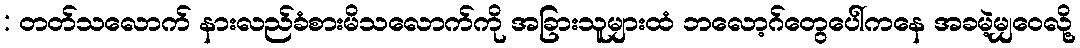
: တတ်သလောက် နားလည်ခံစားမိသလောက်ကို အခြားသူများထံ ဘလော့ဂ်တွေပေါ်ကနေ အခမဲ့မျှဝေလို့